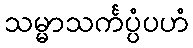
သမ္မာသင်္ကပ္ပံပဟံ